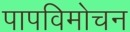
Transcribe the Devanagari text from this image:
पापविमोचन